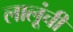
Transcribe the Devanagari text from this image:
लालूंची